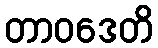
တာဝဒေတိ